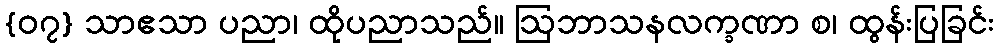
{၀၇} သာဧသာ ပညာ၊ ထိုပညာသည်။ ဩဘာသနလက္ခဏာ စ၊ ထွန်းပြခြင်း